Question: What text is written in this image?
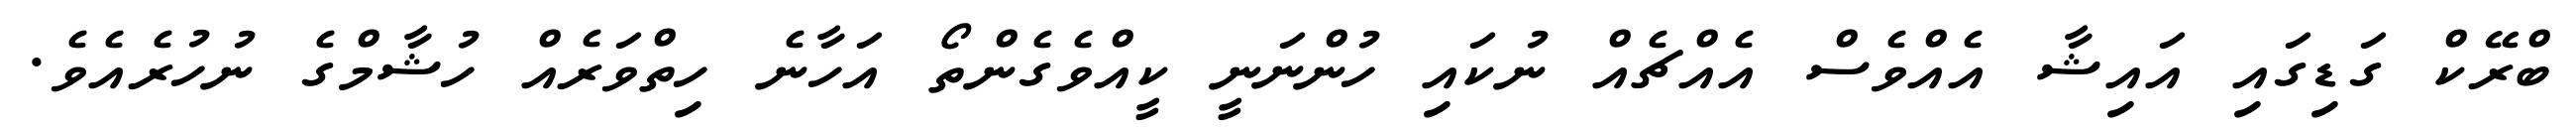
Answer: ބްރޭކް ގަޑިގައި އައިޝާ އެއްވެސް އެއްޗެއް ނުކައި ހުންނަނީ ކީއްވެގެންތޯ އަހާނެ ހިތްވަރެއް ހުޝާމްގެ ނުހުރެއެވެ.